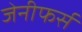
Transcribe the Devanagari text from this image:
जेनीफर्स